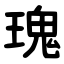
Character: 瑰